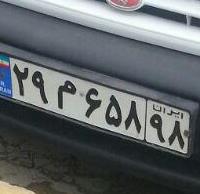
۲۹م۶۵۸۹۸